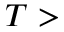
T >